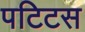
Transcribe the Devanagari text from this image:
पटिटस